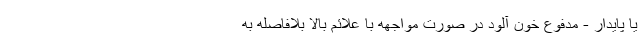
یا پایدار - مدفوع خون آلود در صورت مواجهه با علائم بالا بلافاصله به